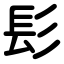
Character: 髟